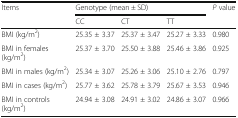
| <ROWSPAN=2> Items | <COLSPAN=3> Genotype (mean ± SD) | <ROWSPAN=2> P value |
 | CC | CT | TT |
 | --- | --- | --- | --- | --- |
 | BMI (kg/m2) | 25.35 ± 3.37 | 25.37 ± 3.47 | 25.27 ± 3.33 | 0.980 |
 | BMI in females (kg/m2) | 25.37 ± 3.70 | 25.50 ± 3.88 | 25.46 ± 3.86 | 0.925 |
 | BMI in males (kg/m2) | 25.34 ± 3.07 | 25.26 ± 3.06 | 25.10 ± 2.76 | 0.797 |
 | BMI in cases (kg/m2) | 25.77 ± 3.62 | 25.78 ± 3.79 | 25.67 ± 3.53 | 0.946 |
 | BMI in controls (kg/m2) | 24.94 ± 3.08 | 24.91 ± 3.02 | 24.86 ± 3.07 | 0.966 |